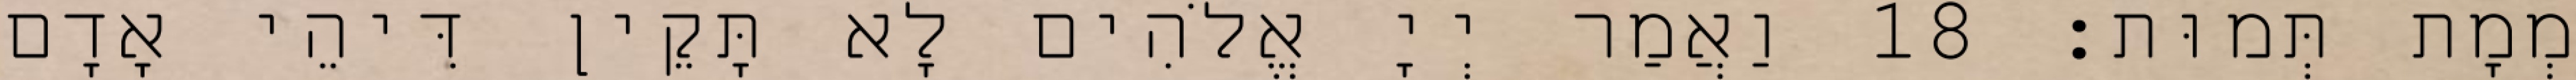
מְמָת תְּמוּת׃ 18 וַאֲמַר יְיָ אֱלֹהִים לָא תָּקֵין דִּיהֵי אָדָם